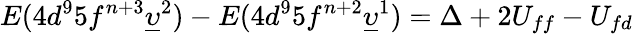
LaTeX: E(4d^{9}5f^{n+3}\underline{{\upsilon}}^{2})-E(4d^{9}5f^{n+2}\underline{{\upsilon}}^{1})=\Delta+2U_{ff}-U_{fd}